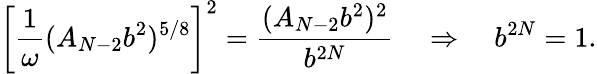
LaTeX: \left[\frac{1}{\omega}(A_{N-2}b^{2})^{5/8}\right]^{2}=\frac{(A_{N-2}b^{2})^{2}}{b^{2N}}\quad\Rightarrow\quad b^{2N}=1.